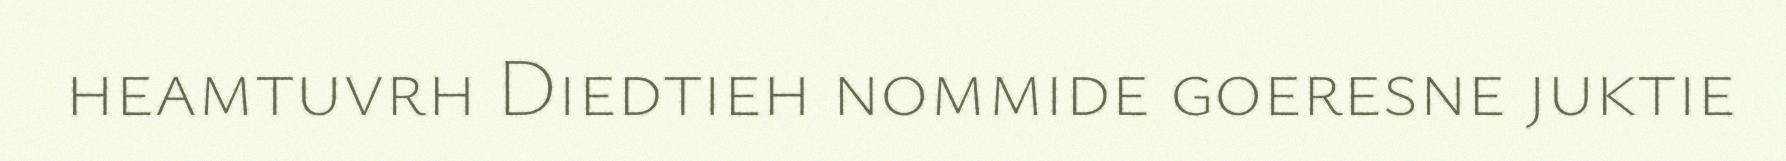
heamtuvrh Diedtieh nommide goeresne juktie